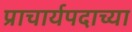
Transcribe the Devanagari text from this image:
प्राचार्यपदाच्या